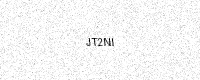
Text: JT2NI